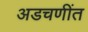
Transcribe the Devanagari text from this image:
अडचणींत